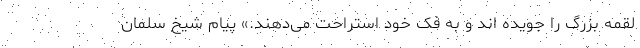
لقمه بزرگ را جویده اند و به فک خود استراحت می‌دهند.» پیام شیخ سلمان